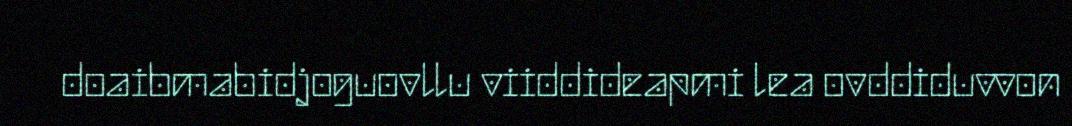
doaibmabidjoguovllu viiddideapmi lea ovddiduvvon